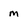
Character: m